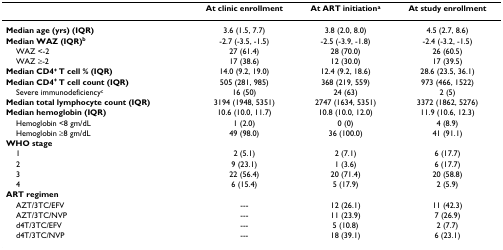
|  | At clinic enrollment | At ART initiationa | At study enrollment |
 | --- | --- | --- | --- |
 | Median age (yrs) (IQR) | 3.6 (1.5, 7.7) | 3.8 (2.0, 8.0) | 4.5 (2.7, 8.6) |
 | Median WAZ (IQR)b | -2.7 (-3.5, -1.5) | -2.5 (-3.9, -1.8) | -2.4 (-3.2, -1.5) |
 | WAZ <-2 | 27 (61.4) | 28 (70.0) | 26 (60.5) |
 | WAZ ≥-2 | 17 (38.6) | 12 (30.0) | 17 (39.5) |
 | Median CD4+ T cell % (IQR) | 14.0 (9.2, 19.0) | 12.4 (9.2, 18.6) | 28.6 (23.5, 36.1) |
 | Median CD4+ T cell count (IQR) | 505 (281, 985) | 368 (219, 559) | 973 (466, 1522) |
 | Severe immunodeficiencyc | 16 (50) | 24 (63) | 2 (5) |
 | Median total lymphocyte count (IQR) | 3194 (1948, 5351) | 2747 (1634, 5351) | 3372 (1862, 5276) |
 | Median hemoglobin (IQR) | 10.6 (10.0, 11.7) | 10.8 (10.0, 12.0) | 11.9 (10.6, 12.3) |
 | Hemoglobin <8 gm/dL | 1 (2.0) | 0 (0) | 4 (8.9) |
 | Hemoglobin ≥8 gm/dL | 49 (98.0) | 36 (100.0) | 41 (91.1) |
 | WHO stage |  |  |  |
 | 1 | 2 (5.1) | 2 (7.1) | 6 (17.7) |
 | 2 | 9 (23.1) | 1 (3.6) | 6 (17.7) |
 | 3 | 22 (56.4) | 20 (71.4) | 20 (58.8) |
 | 4 | 6 (15.4) | 5 (17.9) | 2 (5.9) |
 | ART regimen |  |  |  |
 | AZT/3TC/EFV | --- | 12 (26.1) | 11 (42.3) |
 | AZT/3TC/NVP | --- | 11 (23.9) | 7 (26.9) |
 | d4T/3TC/EFV | --- | 5 (10.8) | 2 (7.7) |
 | d4T/3TC/NVP | --- | 18 (39.1) | 6 (23.1) |